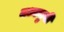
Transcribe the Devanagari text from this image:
मध्ययुगी